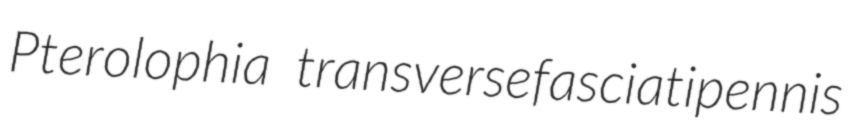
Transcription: Pterolophia transversefasciatipennis